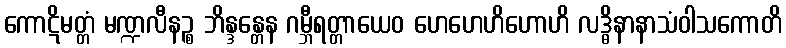
ကောဋိမတ္တံ မဏ္ဍလီနဉ္စ ဘိန္ဒန္တေန ဂမ္ဘီရတ္တာယေဝ ဟေဟေဟိဟောဟိ လဒ္ဓိနာနာသံဝါသကောတိ